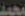
محمد